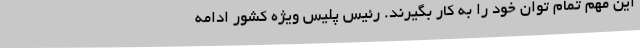
این مهم تمام توان خود را به کار بگیرند. رئیس پلیس ویژه کشور ادامه